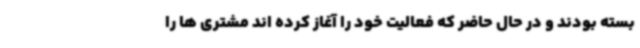
بسته بودند و در حال حاضر که فعالیت خود را آغاز کرده اند مشتری ها را